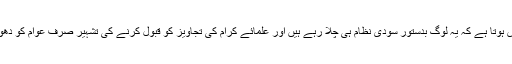
مگر بعد میں یہ معلوم کر کے سخت افسوس ہوتا ہے کہ یہ لوگ بدستور سودی نظام ہی چلا رہے ہیں اور علمائے کرام کی تجاویز کو قبول کرنے کی تشہیر صرف عوام کو دھوکا اور فریب دینے کے کئے کر رہے ہیں۔